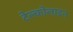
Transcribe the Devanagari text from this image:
टेल्कोलाइन